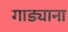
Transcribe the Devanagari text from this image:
गाड्याना